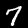
Digit: 7